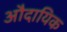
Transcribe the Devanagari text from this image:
औदायिक